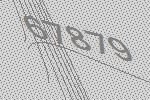
67879